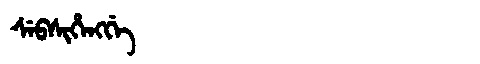
Manchu: ᠰᡝᠪᠰᡳᡥᡝᠩᡤᡝ
Romanization: SEBSIHENGGE